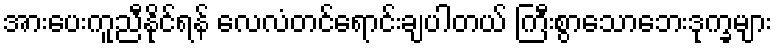
အားပေးကူညီနိုင်ရန် လေလံတင်ရောင်းချပါတယ် ကြီးစွာသောဘေးဒုက္ခများ